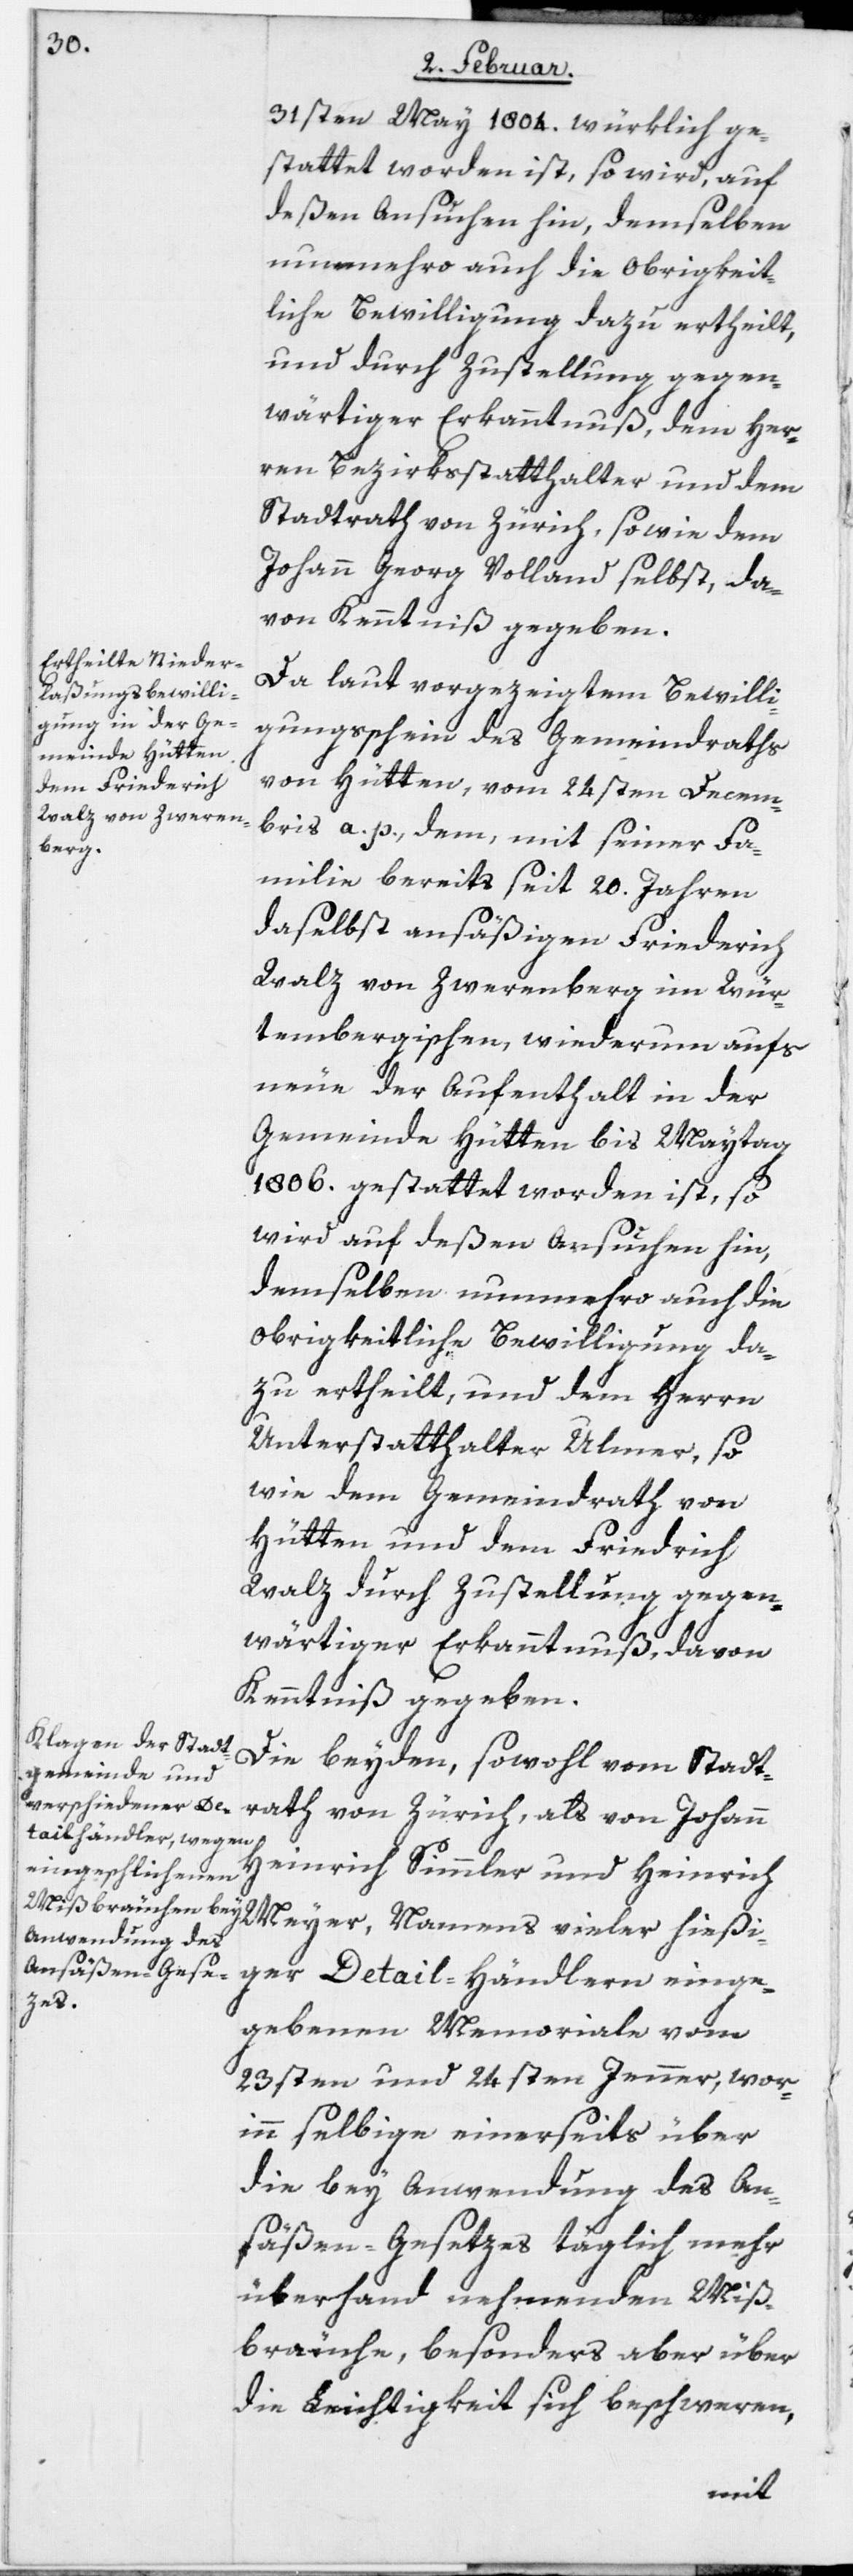
31sten May 1804. würklich ge¬
stattet worden ist, so wird, auf
deßen Ansuchen hin, demselben
nunmehro auch die Obrigkeit¬
liche Bewilligung dazu ertheilt,
und durch Zustellung gegen¬
wärtiger Erkanntnuß dem Her¬
ren Bezirksstatthalter und dem
Stadtrath von Zürich, sowie dem
Johann Georg Volland selbst, da¬
von Kenntniß gegeben.
Da laut vorgezeigtem Bewilli¬
gungsschein des Gemeindraths
von Hütten, vom 24sten Decem¬
bris a. p., dem, mit seiner Fa¬
milie bereits seit 20. Jahren
daselbst ansäßigen Friederich
Walz von Zwerenberg im Wür¬
ttembergischen, wiederum aufs
neue der Aufenthalt in der
Gemeinde Hütten bis Maytag
1806. gestattet worden ist, so
wird auf deßen Ansuchen hin,
demselben nunmehro auch die
obrigkeitliche Bewilligung da¬
zu ertheilt, und dem Herrn
Unterstatthalter Ulmer, so
wie dem Gemeindrath von
Hütten und dem Friedrich
Walz durch Zustellung gegen¬
wärtiger Erkanntnuß, davon
Kenntniß gegeben.
Die beyden, sowohl vom Stadt¬
rath von Zürich, als von Johann
Heinrich Simmler und Heinrich
Meyer, Namens vieler hießi¬
ger Detail-Händlern einge¬
gebenen Memoriale vom
23sten und 24sten Jenner, wor¬
inn selbige einerseits über
die bey Anwendung des An¬
säßen-Gesetzes täglich mehr
überhand nehmenden Miß¬
bräuche, besonders aber über
die Leichtigkeit sich beschweren,